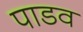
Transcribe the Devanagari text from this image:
पाडव